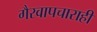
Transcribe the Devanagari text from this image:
गैरवापचाराही